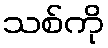
သစ်ကို